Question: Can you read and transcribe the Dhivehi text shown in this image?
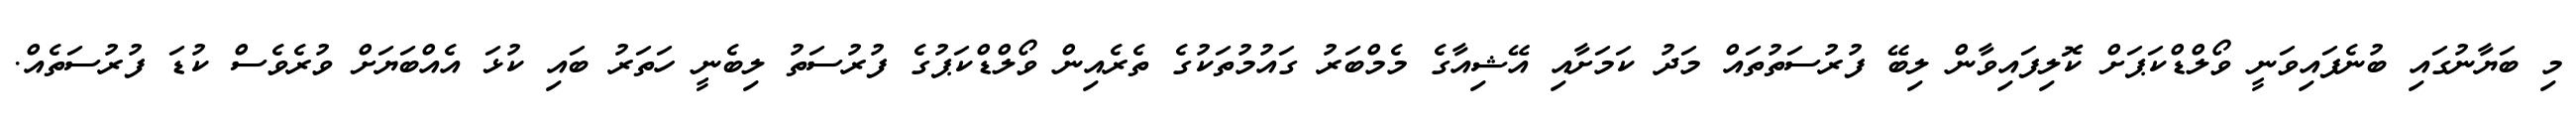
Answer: މި ބަޔާނުގައި ބުނެފައިވަނީ ވޯލްޑްކަޕަށް ކޮލިފައިވާން ލިބޭ ފުރުސަތުތައް މަދު ކަމަށާއި އޭޝިއާގެ މެމްބަރު ގައުމުތަކުގެ ތެރެއިން ވޯލްޑްކަޕުގެ ފުރުސަތު ލިބެނީ ހަތަރު ބައި ކުޅަ އެއްބަޔަށް ވުރެވެސް ކުޑަ ފުރުސަތެއް.